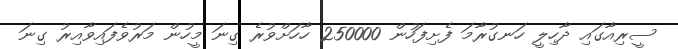
ސީރިއާގައި ދާހިލީ ހަނގުރާމަ ފެށިފަހުން 250000 ހާހަށްވުރެ ގިނަ މީހުން މަރުވެފައިވާއިރު ގިނަ